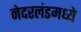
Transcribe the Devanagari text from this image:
नेदरलंडमध्ये